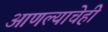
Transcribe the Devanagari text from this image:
आणल्याचेही